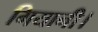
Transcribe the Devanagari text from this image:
गियानी।